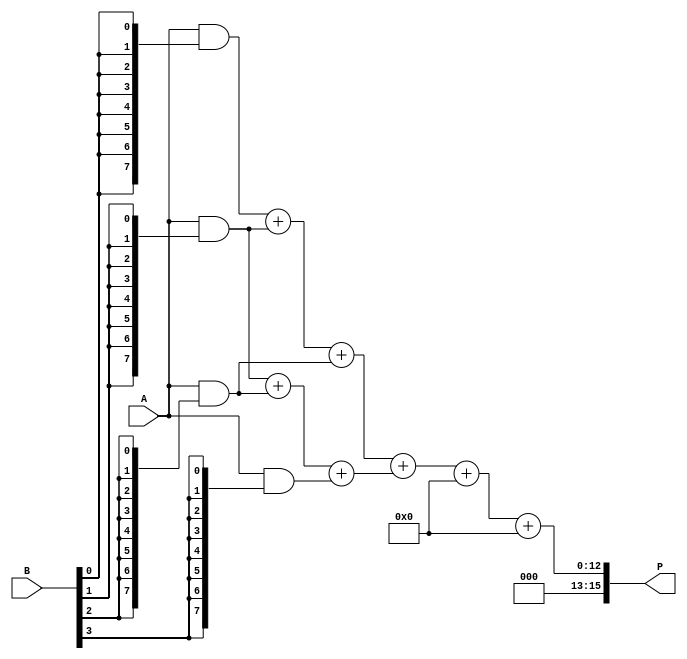
module async_wallace_tree_multiplier #(parameter N = 8) (
    input [N-1:0] A,
    input [N-1:0] B,
    output reg [2*N-1:0] P
);

    // Partial product generation
    wire [N-1:0] pp [0:N-1];  // Partial products
    genvar i;
    generate
        for (i = 0; i < N; i = i + 1) begin : partial_product_gen
            assign pp[i] = A & {N{B[i]}};
        end
    endgenerate

    // Wallace tree reduction
    wire [N+1:0] sum [0:N-1];  // Sums for Wallace tree
    wire [N-1:0] carry [0:N-1]; // Carries for Wallace tree

    // First stage of Wallace tree
    generate
        for (i = 0; i < N; i = i + 1) begin : wallace_tree_stage1
            if (i < N-1) begin
                assign {carry[i], sum[i]} = pp[i] + pp[i+1] + pp[i+2]; // Combine three bits
            end else begin
                assign sum[i] = pp[i]; // Last stage
                assign carry[i] = 0;
            end
        end
    endgenerate

    // Final addition
    wire [2*N-1:0] final_sum;
    wire [2*N-1:0] final_carry;

    assign final_sum = sum[0] + sum[1] + carry[0]; // Final sum calculation
    assign final_carry = carry[1]; // Final carry

    always @(*) begin
        P = final_sum + final_carry; // Final product output
    end

endmodule